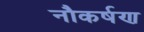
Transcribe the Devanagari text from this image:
नौकर्षण